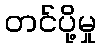
တင်ပို့မှု